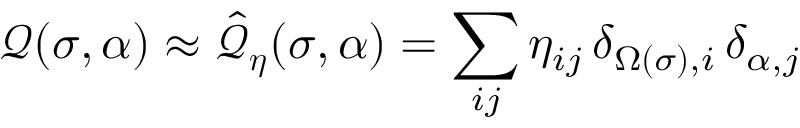
\mathcal { Q } ( \sigma , \alpha ) \approx \hat { \mathcal { Q } } _ { \boldsymbol { \eta } } ( \sigma , \alpha ) = \sum _ { i j } \eta _ { i j } \, \delta _ { \Omega ( \sigma ) , i } \, \delta _ { \alpha , j }